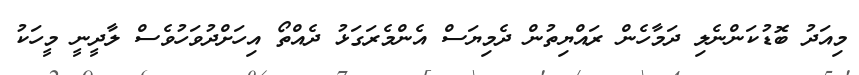
މިއަދު ބޮޑުކަންނެލި ދަމާހެން ރައްޔިތުން ދެމިޔަސް އެންމެރަގަޅު ދެއްތޯ އިހަށްދުވަހުވެސް ލާދީނީ މީހަކު